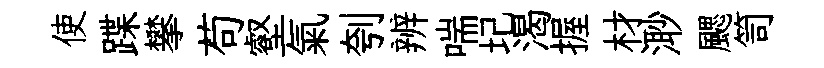
使蹀攀苟壑氣刳辨喘圮渴握材𣺌颸笥